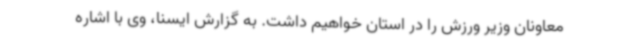
معاونان وزیر ورزش را در استان خواهیم داشت. به گزارش ایسنا، وی با اشاره